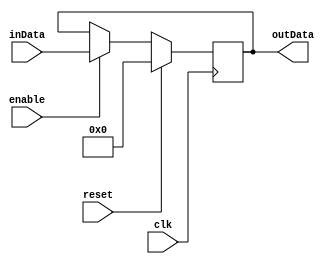
`timescale 1ns / 1ps
//////////////////////////////////////////////////////////////////////////////////
// Company: 
// Engineer: 
// 
// Design Name: 
// Module Name: NBitReg
// Project Name: 
// Target Devices: 
// Tool Versions: 
// Description: 
// 
// Dependencies: 
// 
// Revision:
// Revision 0.01 - File Created
// Additional Comments:
// 
//////////////////////////////////////////////////////////////////////////////////

// only writes inData to outData on posedge clk if enable is high
module NBitReg(inData, outData, enable, clk, reset);
    parameter N = 16;
    input [N-1:0] inData;
    input enable, clk, reset;
    output reg [N-1:0] outData;
    
    always @(posedge clk)
        if (reset)
            outData <= 0;
        else 
            if (enable)
                outData[N-1:0] <= inData[N-1:0];
endmodule